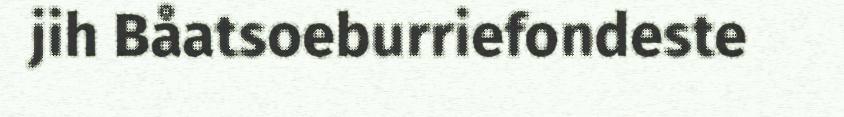
jih Båatsoeburriefondeste